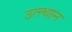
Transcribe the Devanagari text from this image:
उत्त्थान